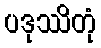
ပဒုဿိတုံ